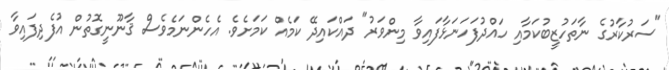
"ސަރުކާރުގެ ނާތަހުޒީބުކަމާއި ހައްދުފަހަނަޅާފައިވާ މިންވަރު" ދައްކައިދޭ ކަމެއް ކަމަށެވެ. އެހެންނަމެވެސް ޤާނޫނީގޮތުން އުފެދިފައިވާ